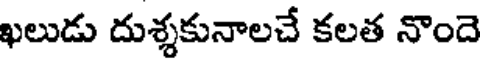
ఖలుడు దుశ్శకునాలచే కలత నొందె